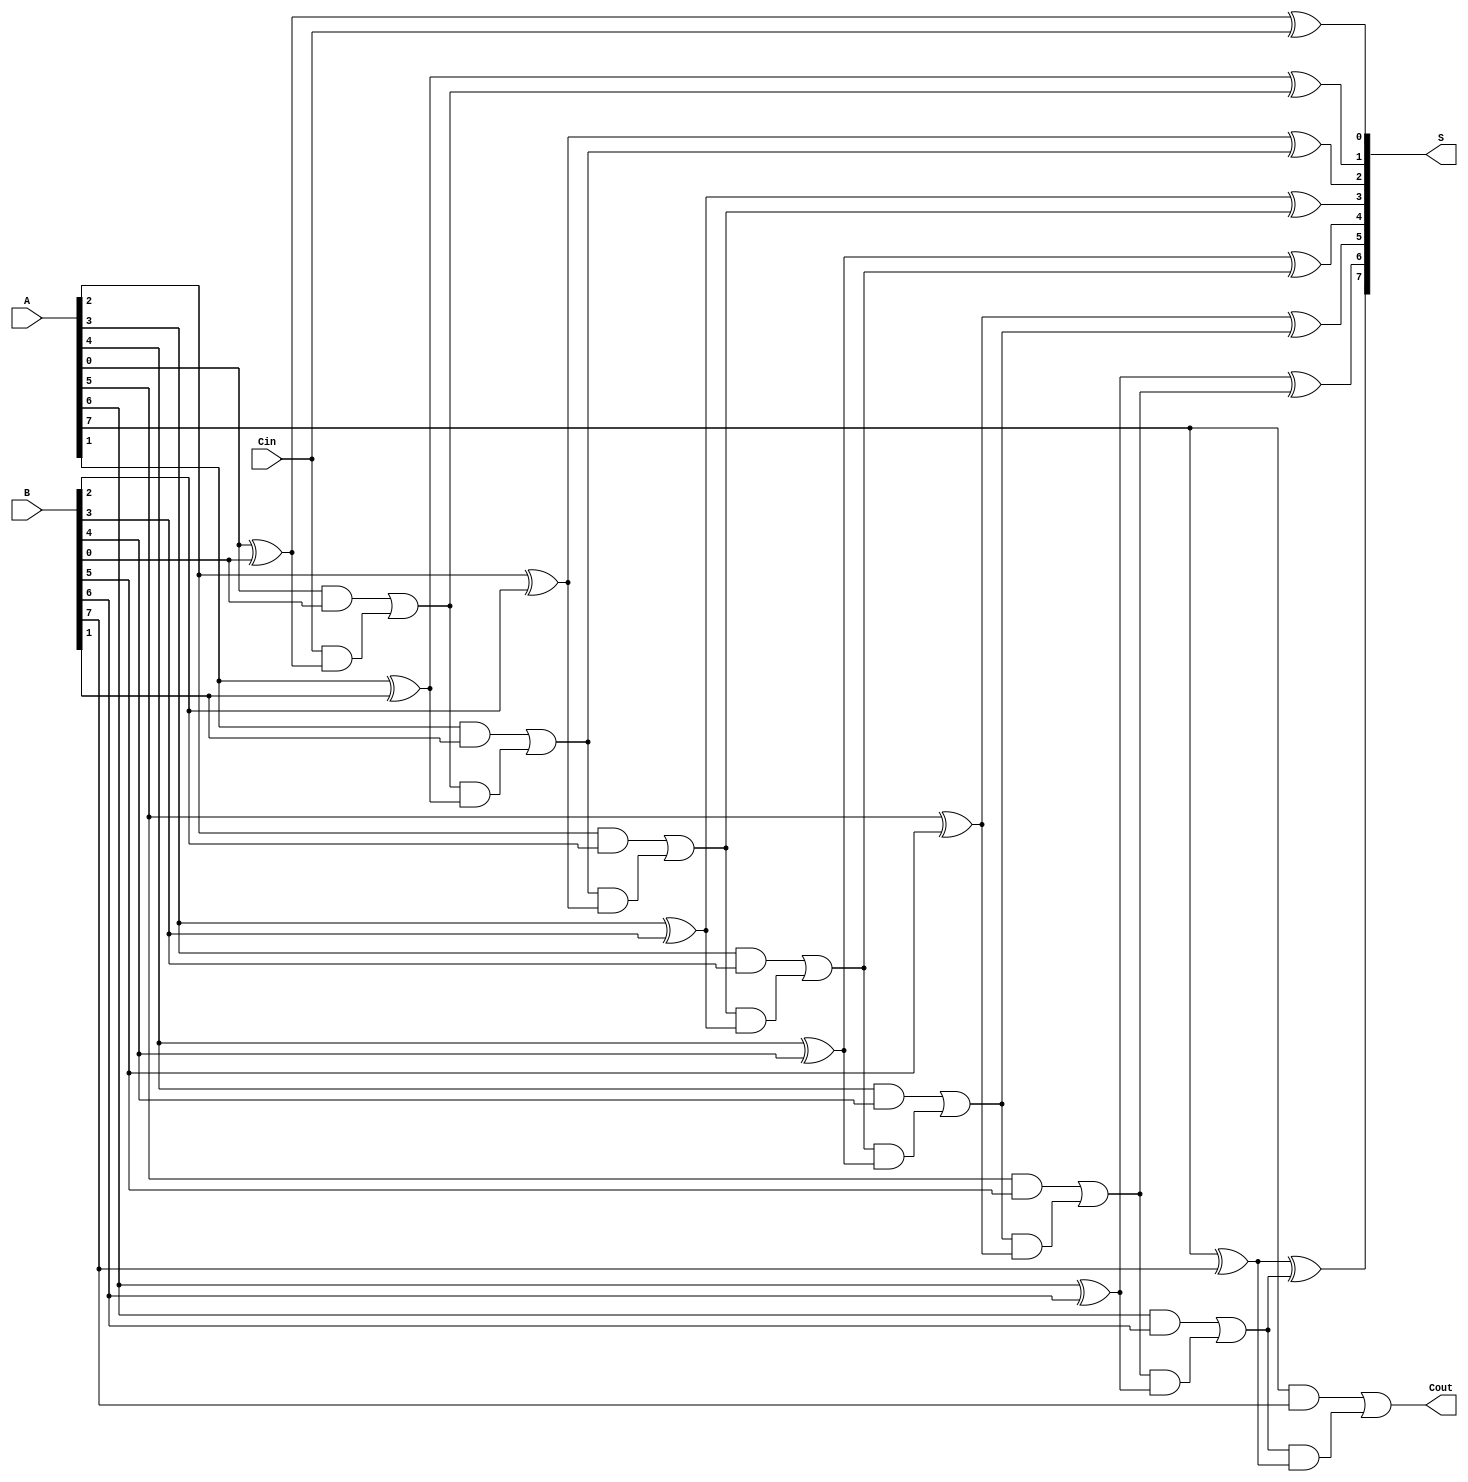
module Precomputation_Carry_Adder #(
    parameter WIDTH = 8  // Define width of the adder
)(
    input  wire [WIDTH-1:0] A,   // First n-bit input
    input  wire [WIDTH-1:0] B,   // Second n-bit input
    input  wire Cin,              // Carry-in
    output wire [WIDTH-1:0] S,    // Sum output
    output wire Cout              // Carry-out
);

// Internal signals for carry and sum
wire [WIDTH:0] C; // Carry array, C[0] is the carry-in
assign C[0] = Cin; // Initialize carry-in

// Generate the sum and carry-out for each bit
genvar i;
generate
    for (i = 0; i < WIDTH; i = i + 1) begin : carry_adder
        // Sum calculation
        assign S[i] = A[i] ^ B[i] ^ C[i];  // S[i] = A[i] XOR B[i] XOR C[i-1]

        // Carry propagation
        assign C[i+1] = (A[i] & B[i]) | (C[i] & (A[i] ^ B[i])); // C[i] generation
    end
endgenerate

assign Cout = C[WIDTH]; // Carry-out for final bit

endmodule